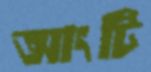
আংটি